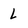
Character: L